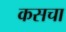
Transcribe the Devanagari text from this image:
कसचा